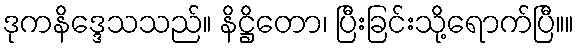
ဒုကနိဒ္ဒေသသည်။ နိဋ္ဌိတော၊ ပြီးခြင်းသို့ရောက်ပြီ။။